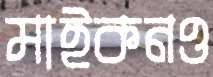
মাইকনও